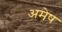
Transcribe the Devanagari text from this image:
अमेष